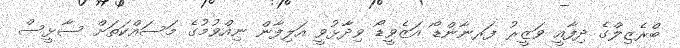
ބްރެޒިލްގެ ދިފާއީ ވަޒީރު ފަރނާންޑޯ އަޒެވީޑޯ ވިދާޅުވީ އަލިފާން ނިއްވުމުގެ މަސައްކަތަށް ސާޅީސް